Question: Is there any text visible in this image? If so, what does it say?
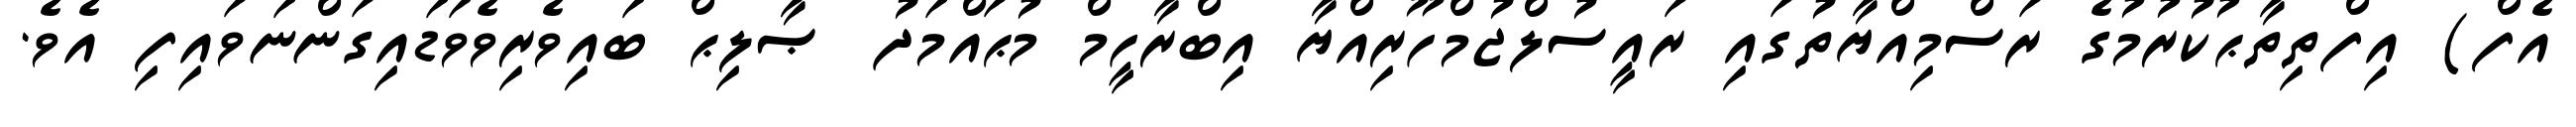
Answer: އެފް) އިފްތިތާޙުކުރުމުގެ ރަސްމިއްޔާތުގައި ރައީސުލްޖުމްހޫރިއްޔާ އިބްރާހީމް މުޙައްމަދު ޞާލިޙް ބައިވެރިވެވަޑައިގަންނަވައިފި އެވެ.